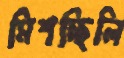
মিশচ্ছিলি